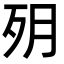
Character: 㱚